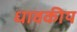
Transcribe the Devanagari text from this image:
धावकीय